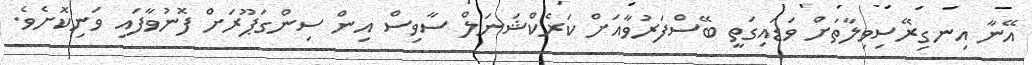
އޭނާ އިނގިރޭސިވިލާތަށް ވަޑައިގަތީ ބޭސްފަރުވާއަށް ކަރެކްޝަނަލް ސާވިސް އިން ސިންގަޕޫރަށް ފޮނުވާފައި ވަނިކޮށެވެ.